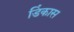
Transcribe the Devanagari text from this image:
डिंकास